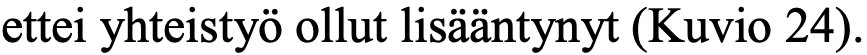
ettei yhteistyö ollut lisääntynyt (Kuvio 24).